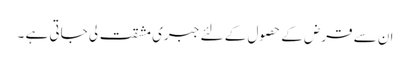
ان سے قرض کے حصول کے لئے جبری مشقت لی جاتی ہے ۔